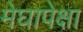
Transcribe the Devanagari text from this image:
मेघापेक्षा